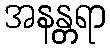
အနန္တရာ